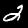
Digit: 2